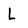
Character: l